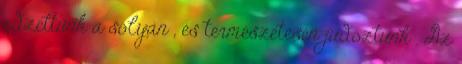
edzettünk a sólyán , és természetesen judoztunk . Az